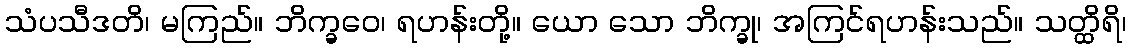
သံပသီဒတိ၊ မကြည်။ ဘိက္ခဝေ၊ ရဟန်းတို့။ ယော သော ဘိက္ခု၊ အကြင်ရဟန်းသည်။ သတ္ထိရိ၊